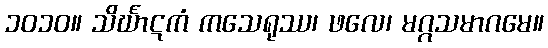
၁၀၁၀။ သိင်္ဃာဋကံ ကသေရုဿ၊ ဖလေ၊ မဂ္ဂသမာဂမေ။